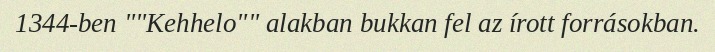
1344-ben ""Kehhelo"" alakban bukkan fel az írott forrásokban.